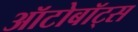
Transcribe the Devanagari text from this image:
ऑटोबॉट्स